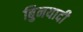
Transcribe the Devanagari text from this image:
बुिनयादी